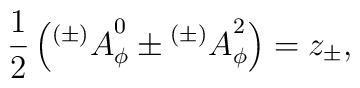
{1\over 2}\left(    {^{(\pm)}A}^0_\phi \pm {^{(\pm)}A}^2_\phi\right) = z_\pm,